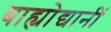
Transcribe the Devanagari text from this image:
बाह्योद्यानीं